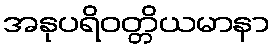
အနုပရိဝတ္တိယမာနာ